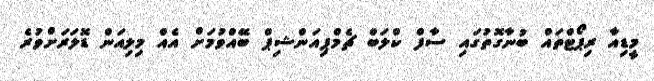
މީޑިއާ ރިޕޯޓްތައް ބުނާގޮތުގައި ސާފް ކްލަބް ޗެމްޕިއަންޝިޕް ބޭއްވުމަށް އެއް މިލިއަން ޑޮލަރަށްވުރެ